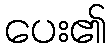
ပေး၏